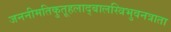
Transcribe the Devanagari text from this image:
जननीमतिकुतूहलाद्बालस्त्रिभुवनत्राता